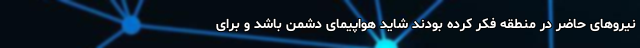
نیروهای حاضر در منطقه فکر کرده بودند شاید هواپیمای دشمن باشد و برای